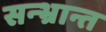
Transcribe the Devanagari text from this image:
सन्भ्रान्त